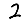
Digit: 2